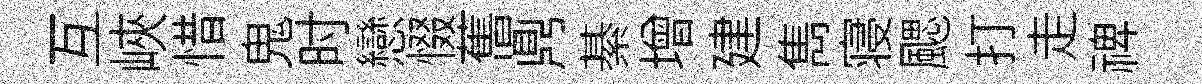
互峽惜鬼时戀惙𦾔𪔂綦增建雋寝颸打走禆